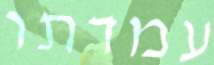
עמדתו